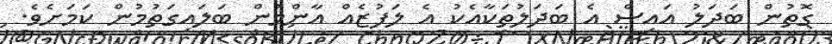
ގޮތުން ބަދަލު އައިސް އެ ބަދަލުތަކާއެކު އެ ލަފުޒެއް އާންމުން ބަލައިގަތުމުން ކަމަށެވެ.